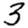
Digit: 3